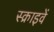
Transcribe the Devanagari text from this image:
स्क्राइवें